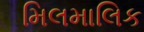
મિલમાલિક